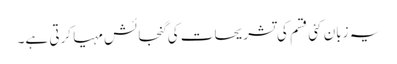
یہ زبان کئی قسم کی تشریحات کی گنجائش مہیا کرتی ہے۔